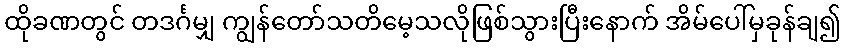
ထိုခဏတွင် တဒင်္ဂမျှ ကျွန်တော်သတိမေ့သလိုဖြစ်သွားပြီးနောက် အိမ်ပေါ်မှခုန်ချ၍